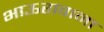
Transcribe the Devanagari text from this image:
भाऊरावाना